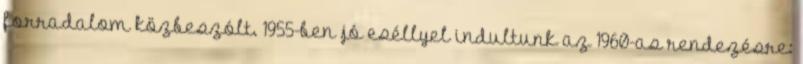
forradalom közbeszólt. 1955-ben jó eséllyel indultunk az 1960-as rendezésre: